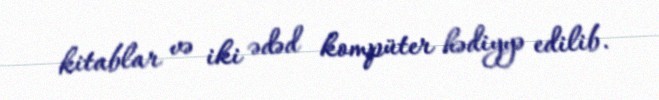
kitablar və iki ədəd kompüter hədiyyə edilib.